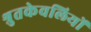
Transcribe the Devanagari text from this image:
श्रुतकेवलियों